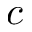
c